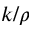
k / \rho